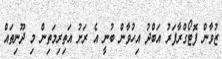
ޒުވާން ފޮޓޯގްރާފަރު އަބްދު އިހުވާން ބުނީ އެ ރަށު އަތިރިމަތިން މި ދޫނިތައް